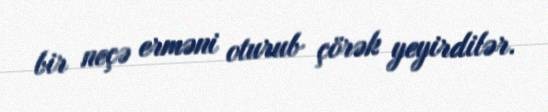
bir neçə erməni oturub çörək yeyirdilər.